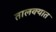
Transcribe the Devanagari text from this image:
तालक्यात